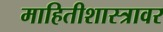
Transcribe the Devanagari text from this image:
माहितीशास्त्रावर